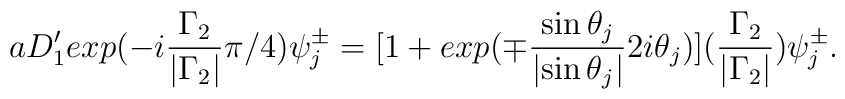
aD'_1 exp(-i\frac{{\Gamma}_2}{|{\Gamma}_2|}{\pi}/4){\psi}_{j}^{\pm}=[1 + exp ({\mp}\frac{\sin{\theta}_j}{|{\sin \theta}_j|}2i{\theta}_j)](\frac{{\Gamma}_2}{|{\Gamma}_2|}){\psi}^{\pm}_j.